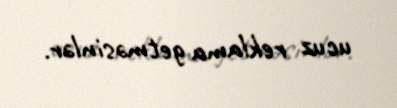
ucuz reklama getməsinlər.